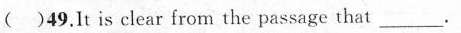
( )49.It is clear from the passage that _________.